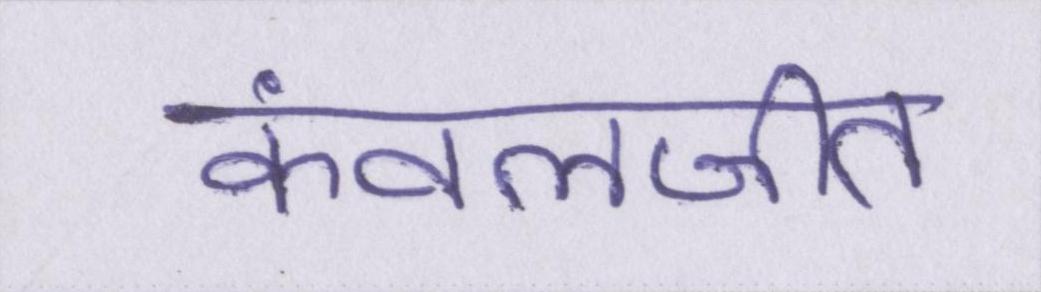
कंवलजीत